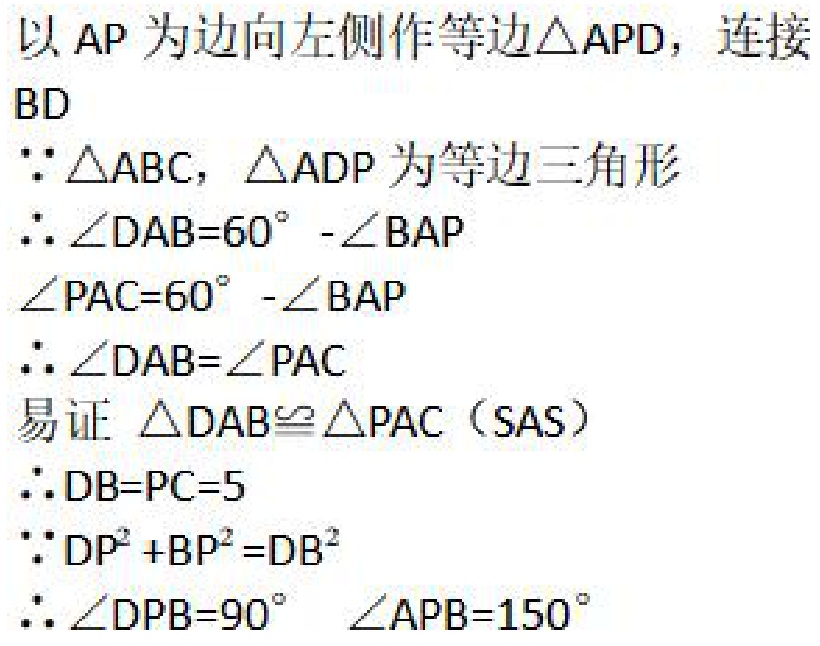
以\(AP\)为边向左侧作等边\(\triangle APD\)，连接\(BD\)
\(\because\triangle ABC\)，\(\triangle ADP\)为等边三角形
\(\therefore\angle DAB = 60^{\circ}-\angle BAP\)
\(\angle PAC = 60^{\circ}-\angle BAP\)
\(\therefore\angle DAB=\angle PAC\)
易证 \(\triangle DAB\cong\triangle PAC\)（SAS）
\(\therefore DB = PC = 5\)
\(\because DP^{2}+BP^{2}=DB^{2}\)
\(\therefore\angle DPB = 90^{\circ}\)  \(\angle APB = 150^{\circ}\)